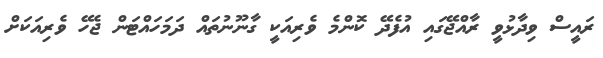
ރައީސް ވިދާޅުވީ ރާއްޖޭގައި އުފެދޭ ކޮންމެ ވެރިއަކީ ގާނޫނުތައް ދަމަހައްޓަން ޖެހޭ ވެރިއަކަށް